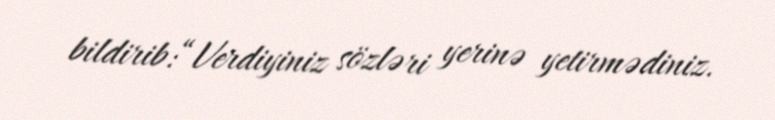
bildirib:“Verdiyiniz sözləri yerinə yetirmədiniz.